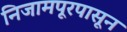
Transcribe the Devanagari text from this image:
निजामपूरपासून